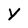
Character: Y